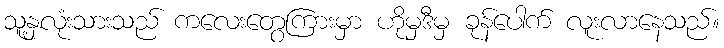
သူ့နှလုံးသားသည် ကလေးတွေကြားမှာ ဟိုမှဒီမှ ခုန်ပေါက် လူးလာနေသည်။